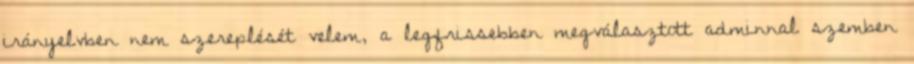
irányelvben nem szereplését velem, a legfrissebben megválasztott adminnal szemben